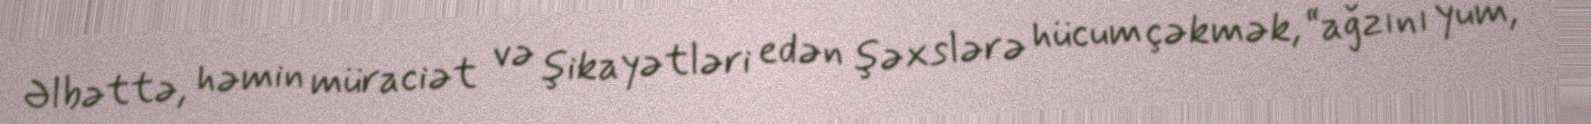
Əlbəttə, həmin müraciət və şikayətləri edən şəxslərə hücum çəkmək, “ağzını yum,